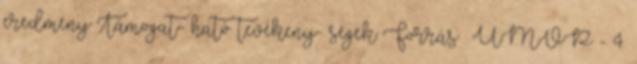
eredmény Támogat- ható tevékeny- ségek Forrás ▪ÚMVP - 4.